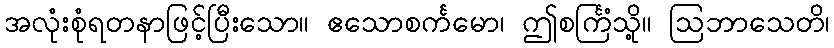
အလုံးစုံရတနာဖြင့်ပြီးသော။ ဧသောစင်္ကမော၊ ဤစင်္ကြံသို့။ ဩဘာသေတိ၊